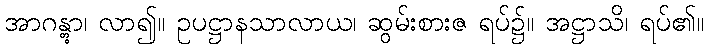
အာဂန္တွာ၊ လာ၍။ ဥပဋ္ဌာနသာလာယ၊ ဆွမ်းစားဇ ရပ်၌။ အဋ္ဌာသိ၊ ရပ်၏။